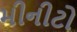
મીનીટો